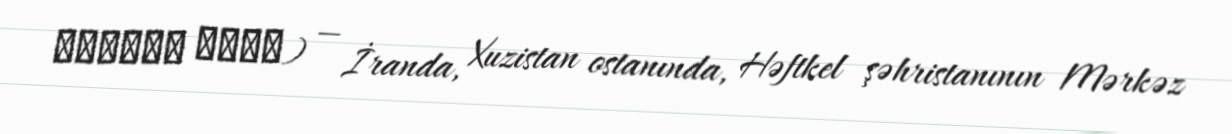
سرتيوك عليا) — İranda, Xuzistan ostanında, Həftkel şəhristanının Mərkəz